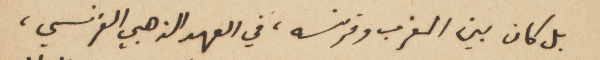
بل كان بين المغرب وفرنسه، في العهد الذهبي الفرنسي،